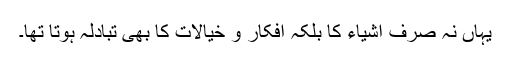
یہاں نہ صرف اشیاء کا بلکہ افکارِ و خیالات کا بھی تبادلہ ہوتا تھا۔